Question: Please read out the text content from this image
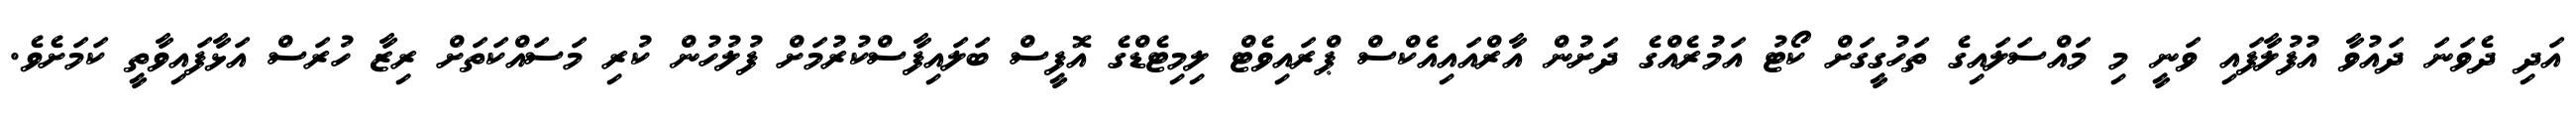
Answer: އަދި ދެވަނަ ދައުވާ އުފުލާފައި ވަނީ މި މައްސަލައިގެ ތަހުގީގަށް ކޯޓު އަމުރެއްގެ ދަށުން އާރްއައިއެކްސް ޕްރައިވެޓް ލިމިޓެޑްގެ އޮފީސް ބަލައިފާސްކުރުމަށް ފުލުހުން ކުރި މަސައްކަތަށް ރިޒާ ހުރަސް އަޅާފައިވާތީ ކަމަށެވެ.